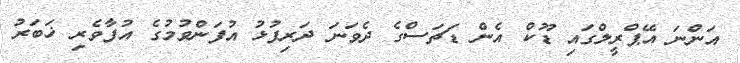
އަންނަ އޭޕްރީލްގައި ޑޫކް އެން ޑަޗަސްގެ ދެވަނަ ދަރިފުޅު އުފަންވުމުގެ އުފާވެރި ޚަބަރު